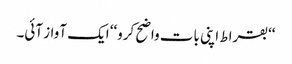
‘‘بقراط اپنی بات واضح کرو‘‘ ایک آواز آئی۔